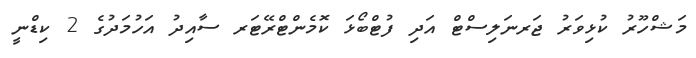
މަޝްހޫރު ކުޅިވަރު ޖަރނަލިސްޓް އަދި ފުޓްބޯޅަ ކޮމެންޓްރޭޓަރ ސާއިދު އަހުމަދުގެ 2 ކިޑްނީ